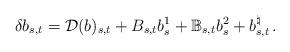
LaTeX: \begin{align*}\delta b_{s,t}=\mathcal{D}(b)_{s,t}+B_{s,t}b^1_s+\mathbb{B}_{s,t}b^{2}_{s}+b^{\natural}_{s,t}\, .\end{align*}